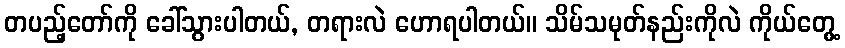
တပည့်တော်ကို ခေါ်သွားပါတယ်, တရားလဲ ဟောရပါတယ်။ သိမ်သမုတ်နည်းကိုလဲ ကိုယ်တွေ့